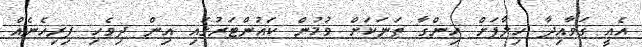
އެއީ ގަވާއިދާ ހިލާފަށް ހިންގާ ތަނަކަށް ވުމުން ކައުންޓަރުގައި އިން ދިވެހި ފިރިހެނެއް